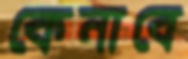
কেনাবে